Annual statistical returns and brief notes on vaccination in Bengal - 1896-1909
Year: 1896
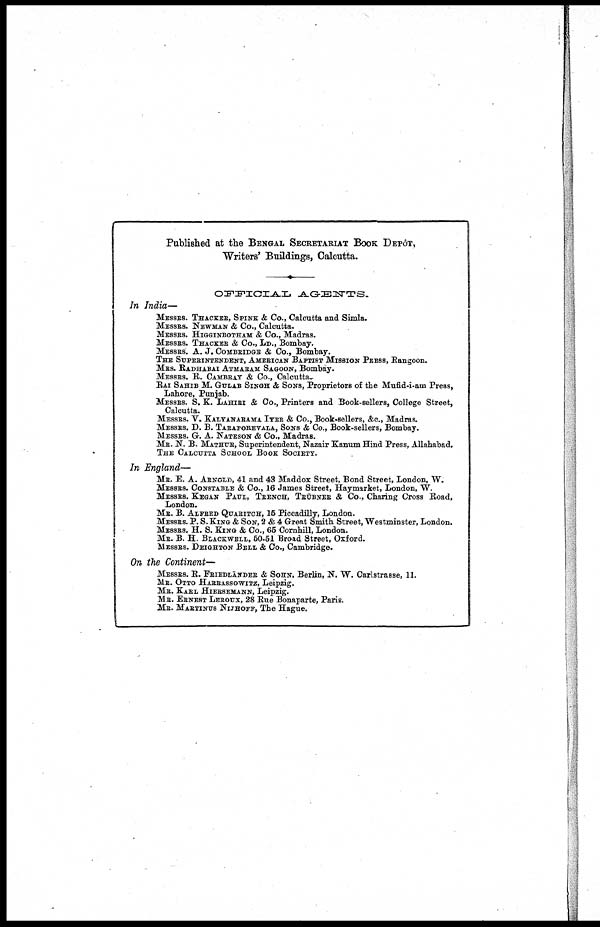
Published at the BENGAL SECRETARIAT BOOK DEPÔT,
Writers' Buildings, Calcutta.
OFFICIAL AGENTS.
In India—
MESSRS. THACKER, SPINK & Co., Calcutta and Simla.
MESSRS. NEWMAN & Co., Calcutta.
MESSRS. HIGGINBOTHAH & Co., Madras.
MESSRS. THACKER & Co., LD., Bombay.
MESSRS. A. J. COMBRIDGE & Co., Bombay.
THE SUPERINTENDENT, AMERICAN BAPTIST MISSION PRESS, Rangoon.
MRS. RADHABAI ATMARAM SAGOON, Bombay.
MESSRS. R. CAMBRAY & Co., Calcutta..
RAI SAHIB M. GULAB SINGH & SONS, Proprietors of the Mufid-i-am Press,
Lahore, Punjab.
MESSRS. S. K. LAHIRI & Co., Printers and Book-sellers, College Street,
Calcutta.
MESSRS. V. KALYANARAMA IYER & Co., Book-sellers, &c., Madras.
MESSRS. D. B. TARAPOREVALA, SONS & Co., Book-sellers, Bombay.
MESSRS. G. A. NATESON & Co., Madras.
MR. N. B. MATHUR, Superintendent, Nazair Kanum Hind Press, Allahabad.
THE CALCUTTA SCHOOL BOOK SOCIETY.
In England—
MR. E. A. ARNOLD, 41 and 43 Maddox Street, Bond Street, London, W.
MESSRS. CONSTABLE & Co., 16 James Street, Haymarket, London, W.
MESSRS. KEGAN PAUL, TRENCH, TRÜBNER & Co., Charing Cross Road,
London.
MR. B. ALFRED QUARITCH, 15 Piccadilly, London.
MESSRS. P. S. KING & SON, 2 & 4 Great Smith Street, Westminster, London.
MESSRS. H. S. KING & Co., 65 Cornhill, London.
MR. B. H. BLACKWELL, 50-51 Broad Street, Oxford.
MESSRS. DEIGHTON BELL & Co., Cambridge.
On the Continent—
MESSRS. R. FRIEDLÄNDER & SOHN, Berlin, N. W. Carlstrasse, 11.
MR. OTTO HARRASSOWITZ, Leipzig.
MR. KARL HIERSEMANN, Leipzig.
MR. ERNEST LEROUX, 28 Rue Bonaparte, Paris.
MR. MARTINUS NIJHOFF, The Hague.